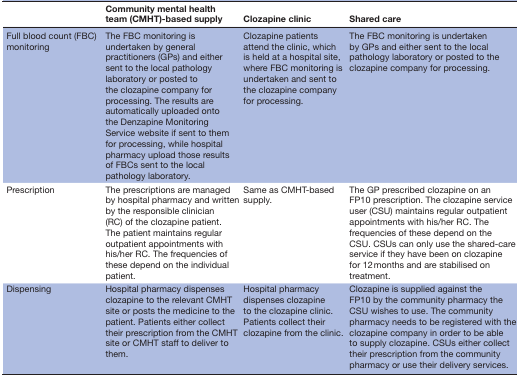
<table><thead><tr><td></td><td><b>Community mental health team (CMHT)-based supply</b></td><td><b>Clozapine clinic</b></td><td><b>Shared care</b></td></tr></thead><tbody><tr><td>Full blood count (FBC) monitoring</td><td>The FBC monitoring is undertaken by general practitioners (GPs) and either sent to the local pathology laboratory or posted to the clozapine company for processing. The results are automatically uploaded onto the Denzapine Monitoring Service website if sent to them for processing, while hospital pharmacy upload those results of FBCs sent to the local pathology laboratory.</td><td>Clozapine patients attend the clinic, which is held at a hospital site, where FBC monitoring is undertaken and sent to the clozapine company for processing.</td><td>The FBC monitoring is undertaken by GPs and either sent to the local pathology laboratory or posted to the clozapine company for processing.</td></tr><tr><td>Prescription</td><td>The prescriptions are managed by hospital pharmacy and written by the responsible clinician (RC) of the clozapine patient. The patient maintains regular outpatient appointments with his/her RC. The frequencies of these depend on the individual patient.</td><td>Same as CMHT-based supply.</td><td>The GP prescribed clozapine on an FP10 prescription. The clozapine service user (CSU) maintains regular outpatient appointments with his/her RC. The frequencies of these depend on the CSU. CSUs can only use the shared-care service if they have been on clozapine for 12 months and are stabilised on treatment.</td></tr><tr><td>Dispensing</td><td>Hospital pharmacy dispenses clozapine to the relevant CMHT site or posts the medicine to the patient. Patients either collect their prescription from the CMHT site or CMHT staff to deliver to them.</td><td>Hospital pharmacy dispenses clozapine to the clozapine clinic. Patients collect their clozapine from the clinic.</td><td>Clozapine is supplied against the FP10 by the community pharmacy the CSU wishes to use. The community pharmacy needs to be registered with the clozapine company in order to be able to supply clozapine. CSUs either collect their prescription from the community pharmacy or use their delivery services.</td></tr></tbody></table>